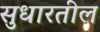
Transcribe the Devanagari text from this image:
सुधारतील